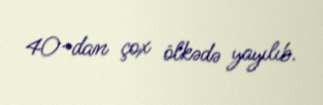
40-dan çox ölkədə yayılıb.